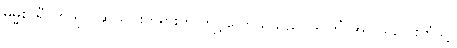
ဓမ္မစာရီ၊ ကုသိုလ်ဆယ်ပါးတရားကို ကျင့်သောသူသည်။ ဒုဂ္ဂတိံ၊ အပါယ်လေးဘုံသို့။